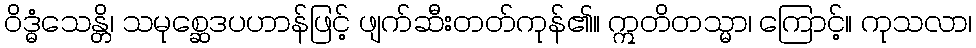
ဝိဒ္ဓံသေန္တိ၊ သမုစ္ဆေဒပဟာန်ဖြင့် ဖျက်ဆီးတတ်ကုန်၏။ ဣတိတသ္မာ၊ ကြောင့်။ ကုသလာ၊